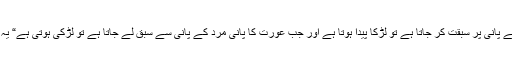
“ دوسری حدیث کے الفاظ یوں ہیں” جب مرد کا پانی عورت کے پانی پر سبقت کر جاتا ہے تو لڑکا پیدا ہوتا ہے اور جب عورت کا پانی مرد کے پانی سے سبق لے جاتا ہے تو لڑکی ہوتی ہے“ یہ جواب سنتے ہی یہودیوں کے سردار نے اسلام قبول کرلیا تھا ۔